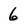
Character: 6